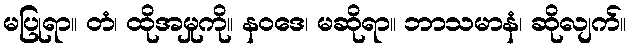
မပြုရာ။ တံ၊ ထိုအမှုကို။ နဝဒေ၊ မဆိုရာ။ ဘာသမာနံ၊ ဆိုလျက်။